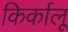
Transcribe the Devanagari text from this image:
किर्कालू